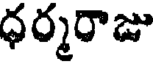
ధర్మరాజు